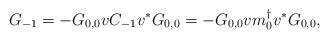
LaTeX: \begin{align*}G_{-1}&=-G_{0,0}vC_{-1} v^*G_{0,0}=-G_{0,0}vm_0^\dagger v^*G_{0,0},\end{align*}